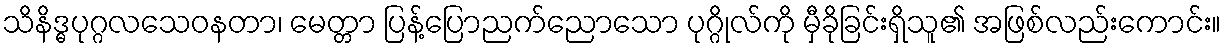
သိနိဒ္ဓပုဂ္ဂလသေဝနတာ၊ မေတ္တာ ပြန့်ပြောညက်ညောသော ပုဂ္ဂိုလ်ကို မှီခိုခြင်းရှိသူ၏ အဖြစ်လည်းကောင်း။